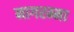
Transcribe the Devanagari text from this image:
नागरम्मा